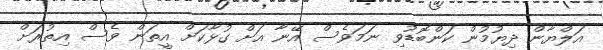
އަލްޔާން ދިޔުމުން ކަންބޮޑުވި ނަމަވެސް އޭނާ އަށް ގުޅާކަށް އީތަން ވެސް އިތުރަށް